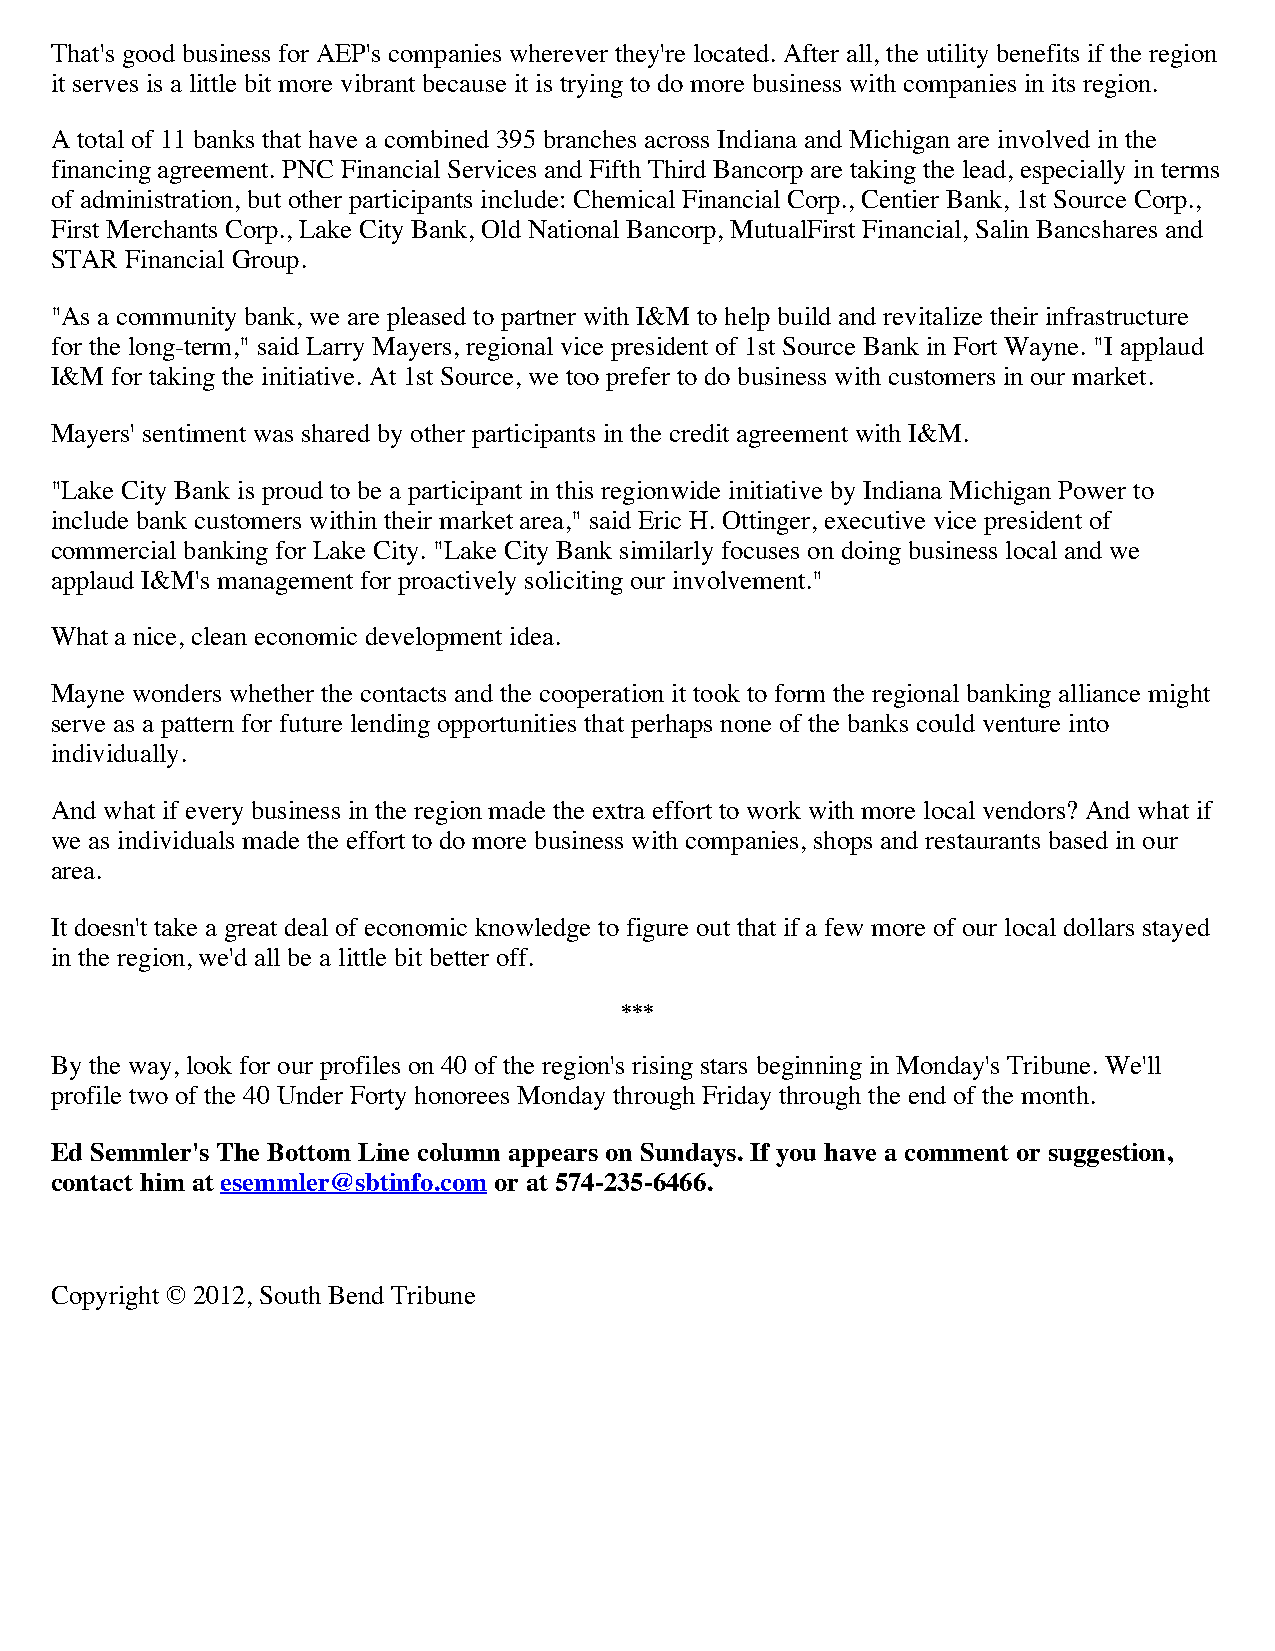
That's good business for AEP's companies wherever they're located. After all, the utility benefits if the region
 it serves is a little bit more vibrant because it is trying to do more business with companies in its region.
 A total of 11 banks that have a combined 395 branches across Indiana and Michigan are involved in the
 financing agreement. PNC Financial Services and Fifth Third Bancorp are taking the lead, especially in terms
 of administration, but other participants include: Chemical Financial Corp., Centier Bank, 1st Source Corp.,
 First Merchants Corp., Lake City Bank, Old National Bancorp, MutualFirst Financial, Salin Bancshares and
 STAR Financial Group.
 "As a community bank, we are pleased to partner with I&M to help build and revitalize their infrastructure
 for the long-term," said Larry Mayers, regional vice president of 1st Source Bank in Fort Wayne. "I applaud
 I&M for taking the initiative. At 1st Source, we too prefer to do business with customers in our market.
 Mayers' sentiment was shared by other participants in the credit agreement with I&M.
 "Lake City Bank is proud to be a participant in this regionwide initiative by Indiana Michigan Power to
 include bank customers within their market area," said Eric H. Ottinger, executive vice president of
 commercial banking for Lake City. "Lake City Bank similarly focuses on doing business local and we
 applaud I&M's management for proactively soliciting our involvement."
 What a nice, clean economic development idea.
 Mayne wonders whether the contacts and the cooperation it took to form the regional banking alliance might
 serve as a pattern for future lending opportunities that perhaps none of the banks could venture into
 individually.
 And what if every business in the region made the extra effort to work with more local vendors? And what if
 we as individuals made the effort to do more business with companies, shops and restaurants based in our
 area.
 It doesn't take a great deal of economic knowledge to figure out that if a few more of our local dollars stayed
 in the region, we'd all be a little bit better off.
 ***
 By the way, look for our profiles on 40 of the region's rising stars beginning in Monday's Tribune. We'll
 profile two of the 40 Under Forty honorees Monday through Friday through the end of the month.
 Ed Semmler's The Bottom Line column appears on Sundays. If you have a comment or suggestion,
 contact him at esemmler@sbtinfo.com or at 574-235-6466.
 Copyright © 2012, South Bend Tribune